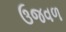
ઉજવળ